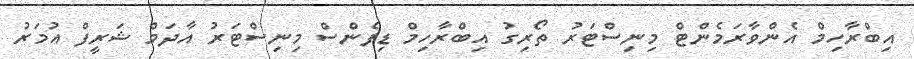
އިބްރާހިމް އެންވާރަމެންޓް މިނިސްޓަރު ތޯރިގު އިބްރާހިމް ޑިފެންސް މިނިސްޓަރު އާދަމް ޝަރީފް އުމަރު